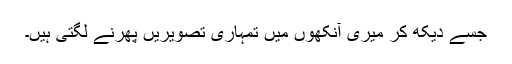
جسے دیکھ کر میری آنکھوں میں تمہاری تصویریں پھرنے لگتی ہیں۔